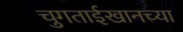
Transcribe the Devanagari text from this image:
चुगताईखानच्या